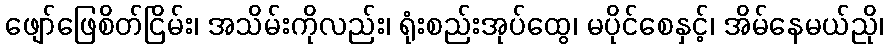
ဖျော်ဖြေစိတ်ငြိမ်း၊ အသိမ်းကိုလည်း၊ ရုံးစည်းအုပ်ထွေ၊ မပိုင်စေနှင့်၊ အိမ်နေမယ်ညို၊